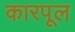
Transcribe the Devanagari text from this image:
कारपूल